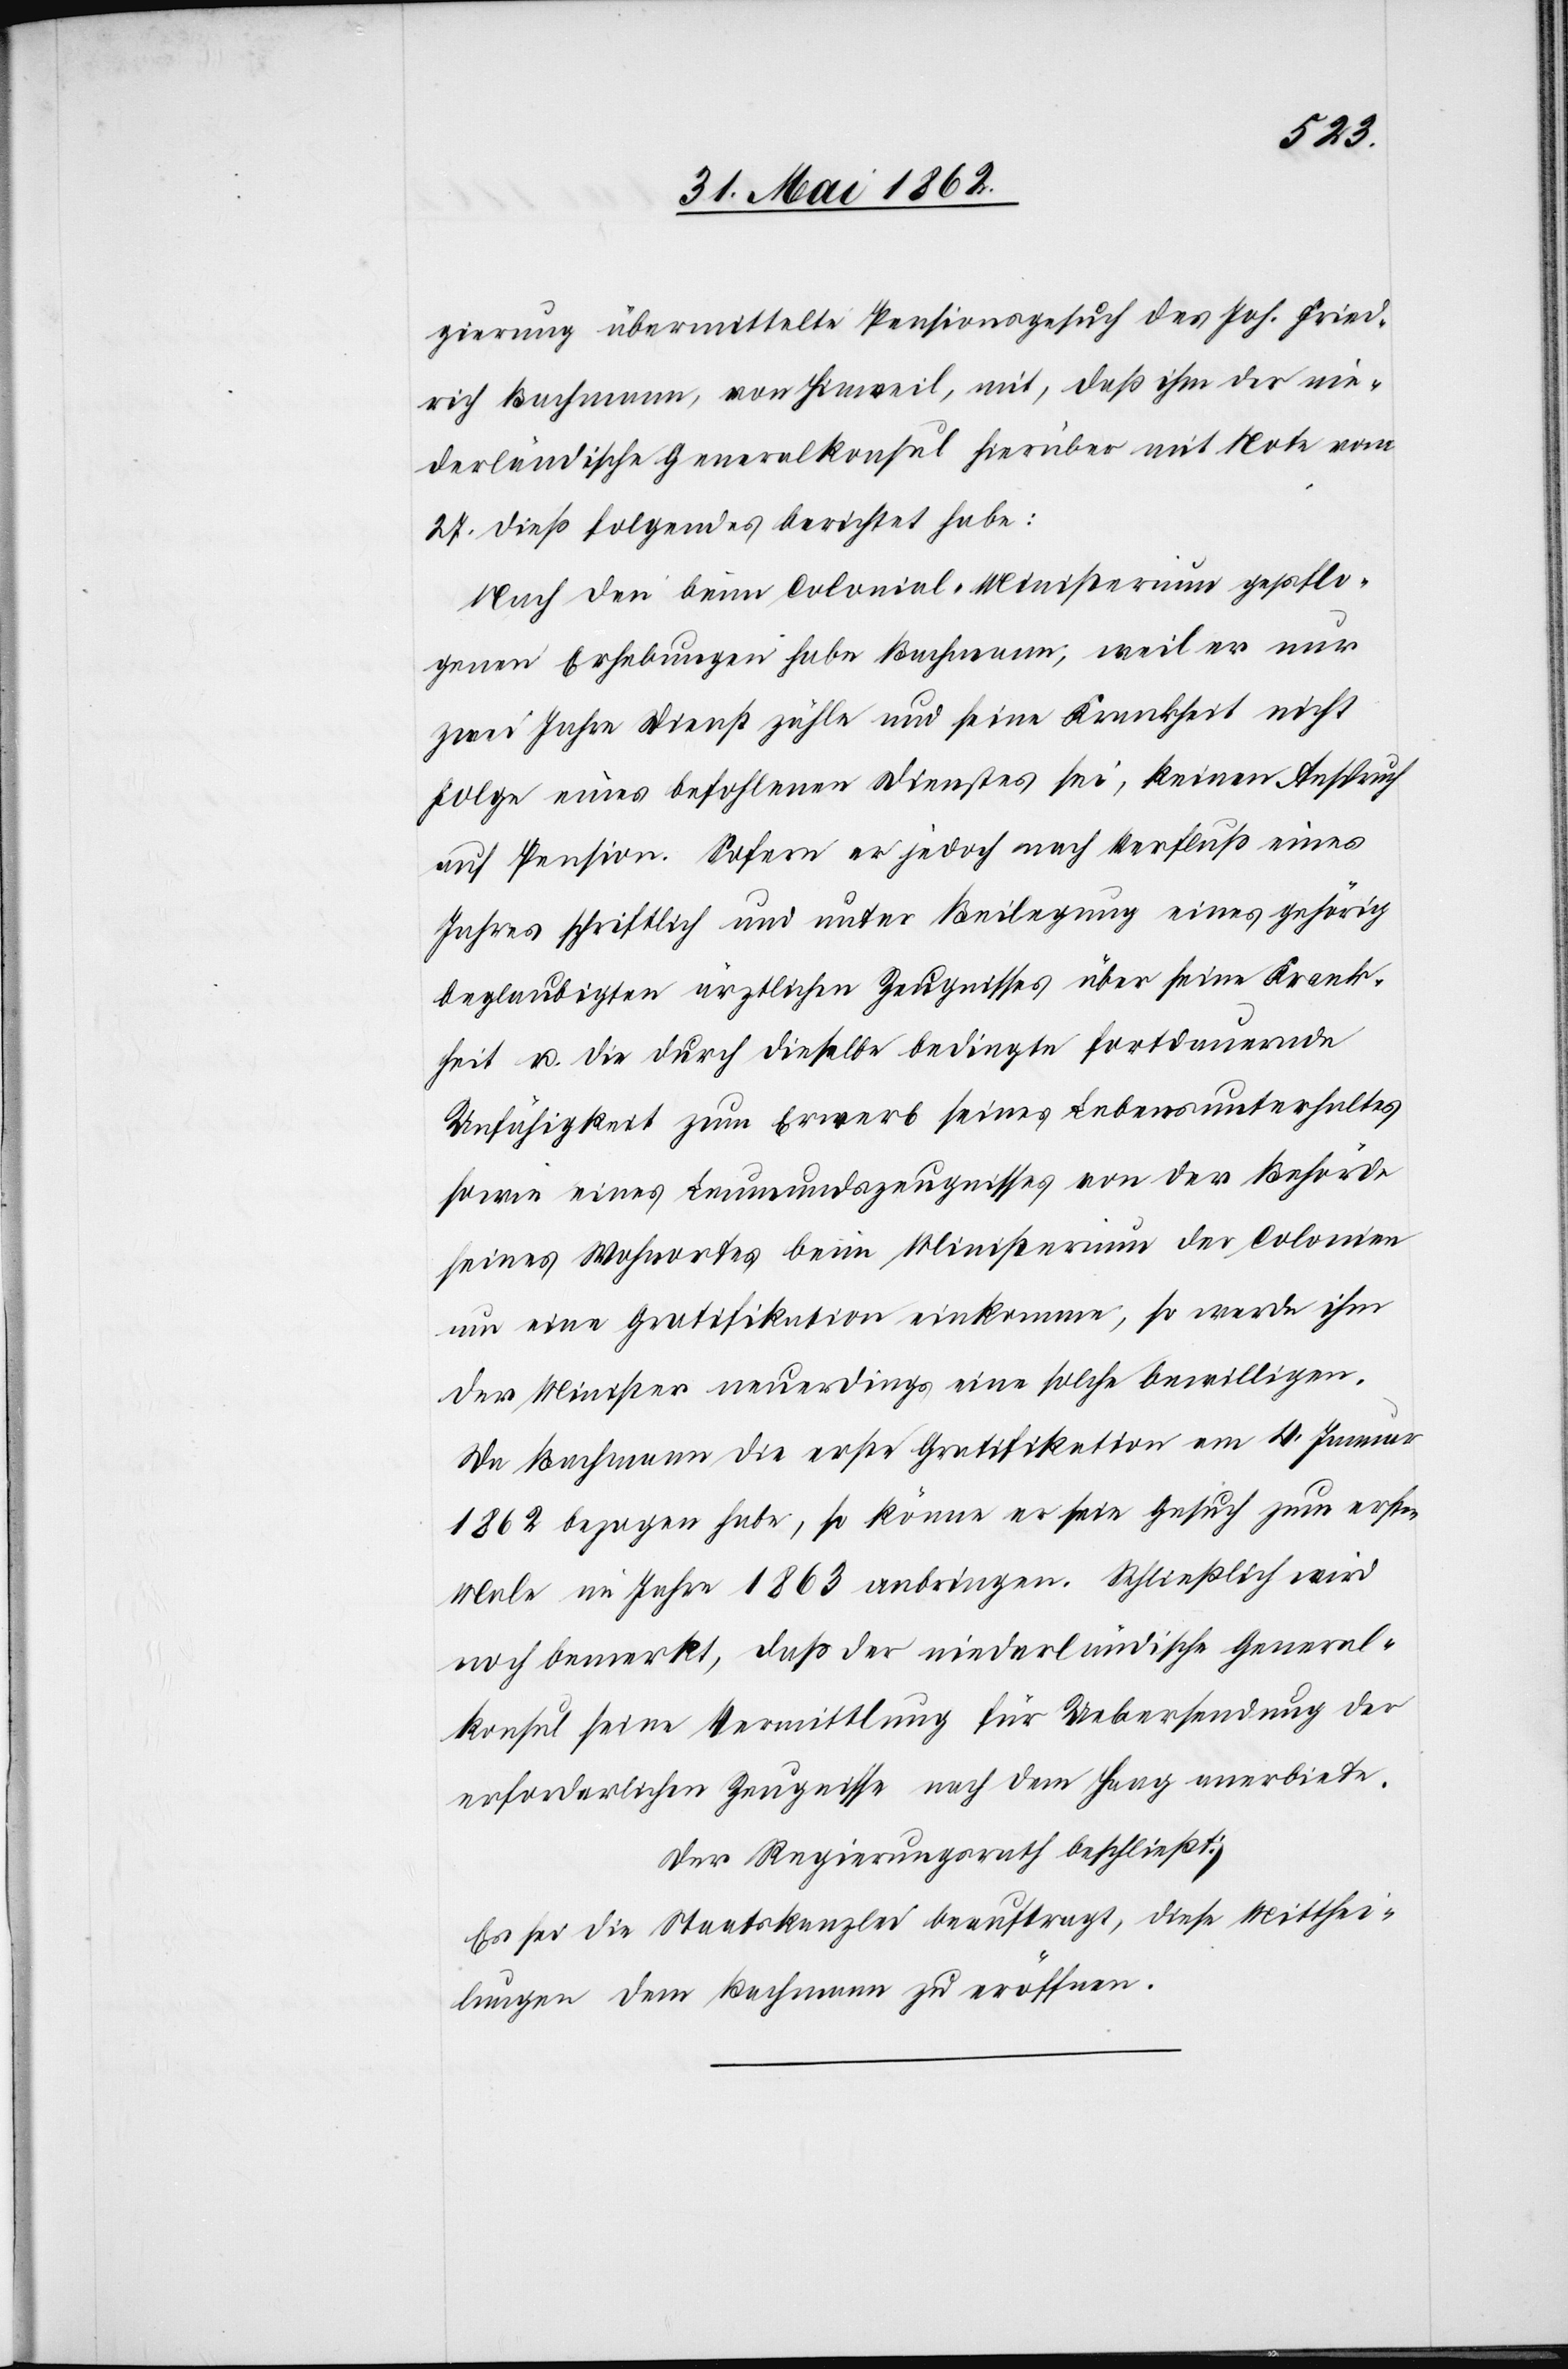
Kran¬
gierung übermittelte Pensionsgesuch des Joh. Fried¬
rich Bachmann, von Hinweil, mit, daß ihm der nie¬
derländische Generalkonsul hierüber mit Note vom
27. dieß folgendes berichtet habe:
Nach den beim Colonial-Ministerium gepflo¬
genen Erhebungen habe Bachmann, weil er nur
zwei Jahre Dienst zähle und seine Krankheit nicht
Folge eines befohlenen Dienstes sei, keinen Anspruch
auf Pension. Sofern er jedoch nach Verfluß eines
Jahres schriftlich und unter Beilegung über seine
kheit u. die durch dieselbe bedingte fortdauernde
Unfähigkeit zum Erwerb seines Lebensunterhaltes
sowie eines Leumundszeugnisses von der Behörde
seines Wohnortes beim Ministerium der Colonien
um eine Gratifikation einkomme, so werde ihm
der Minister neuerdings eine solche bewilligen.
Da Bachmann die erste Gratifikation am 4. Januar
1862 bezogen habe, so könne er sein Gesuch zum ersten
Male im Jahre 1863 anbringen. Schließlich wird
noch bemerkt, daß der niederländische General¬
konsul seine Vermittlung für Uebersendung der
erforderlichen Zeugnisse nach Dem Haag anerbiete.
Der Regierungsrath beschließt:
Es sei die Staatskanzlei beauftragt, diese Mitthei¬
lungen dem Bachmann zu eröffnen.